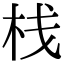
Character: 栈